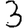
Digit: 3